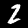
Digit: 2